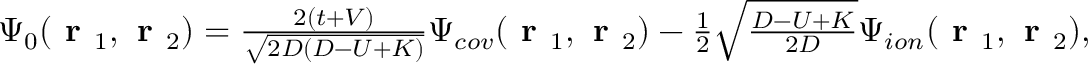
\begin{array} { r } { \Psi _ { 0 } ( \textbf { r } _ { 1 } , \textbf { r } _ { 2 } ) = \frac { 2 ( t + V ) } { \sqrt { 2 D ( D - U + K ) } } \Psi _ { c o v } ( \textbf { r } _ { 1 } , \textbf { r } _ { 2 } ) - \frac { 1 } { 2 } \sqrt { \frac { D - U + K } { 2 D } } \Psi _ { i o n } ( \textbf { r } _ { 1 } , \textbf { r } _ { 2 } ) , } \end{array}